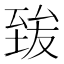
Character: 𦥀